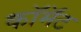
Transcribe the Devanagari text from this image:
कॉमॅट